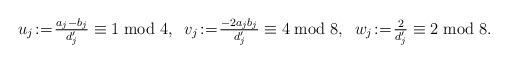
LaTeX: \begin{align*}u_j\!:=\!\tfrac{a_j-b_j}{d'_j}\equiv 1\;{\rm mod}\;4,\;\;v_j\!:=\!\tfrac{-2a_jb_j}{d'_j}\equiv 4\;{\rm mod}\;8,\;\; w_j\!:=\!\tfrac{2}{d'_j}\equiv 2\;{\rm mod}\;8.\end{align*}